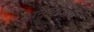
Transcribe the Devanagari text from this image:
अनुचरणारे